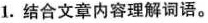
1.结合文章内容理解词语。